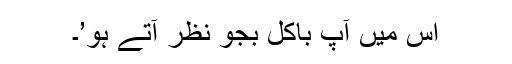
اس میں آپ باکل بجو نظر آتے ہو’۔